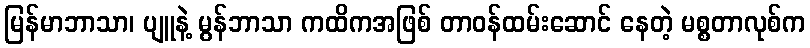
မြန်မာဘာသာ၊ ပျူနဲ့ မွန်ဘာသာ ကထိကအဖြစ် တာဝန်ထမ်းဆောင် နေတဲ့ မစ္စတာလုစ်က